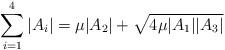
LaTeX: \begin{align*}\sum_{i=1}^{4}|A_{i}|=\mu|A_{2}|+\sqrt{4\mu|A_{1}||A_{3}|}\end{align*}